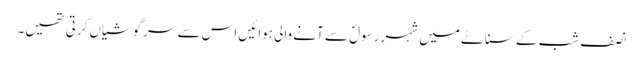
نصف شب کے سناٹے میں شہر رسولؐ سے آنے والی ہوائیں اس سے سرگوشیاں کرتی تھیں۔